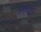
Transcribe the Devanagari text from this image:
गिरावत